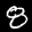
Label: 8